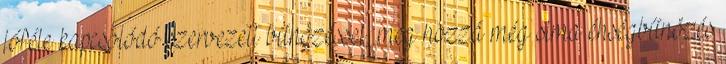
jóféle kapcsolódó szervezett bűnözéssel, meg hozzá még sima éhségbűnözés